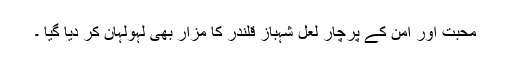
محبت اور امن کے پرچار لعل شہباز قلندر کا مزار بھی لہولہان کر دیا گیا ۔